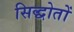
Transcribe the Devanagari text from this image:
सिद्धोतों